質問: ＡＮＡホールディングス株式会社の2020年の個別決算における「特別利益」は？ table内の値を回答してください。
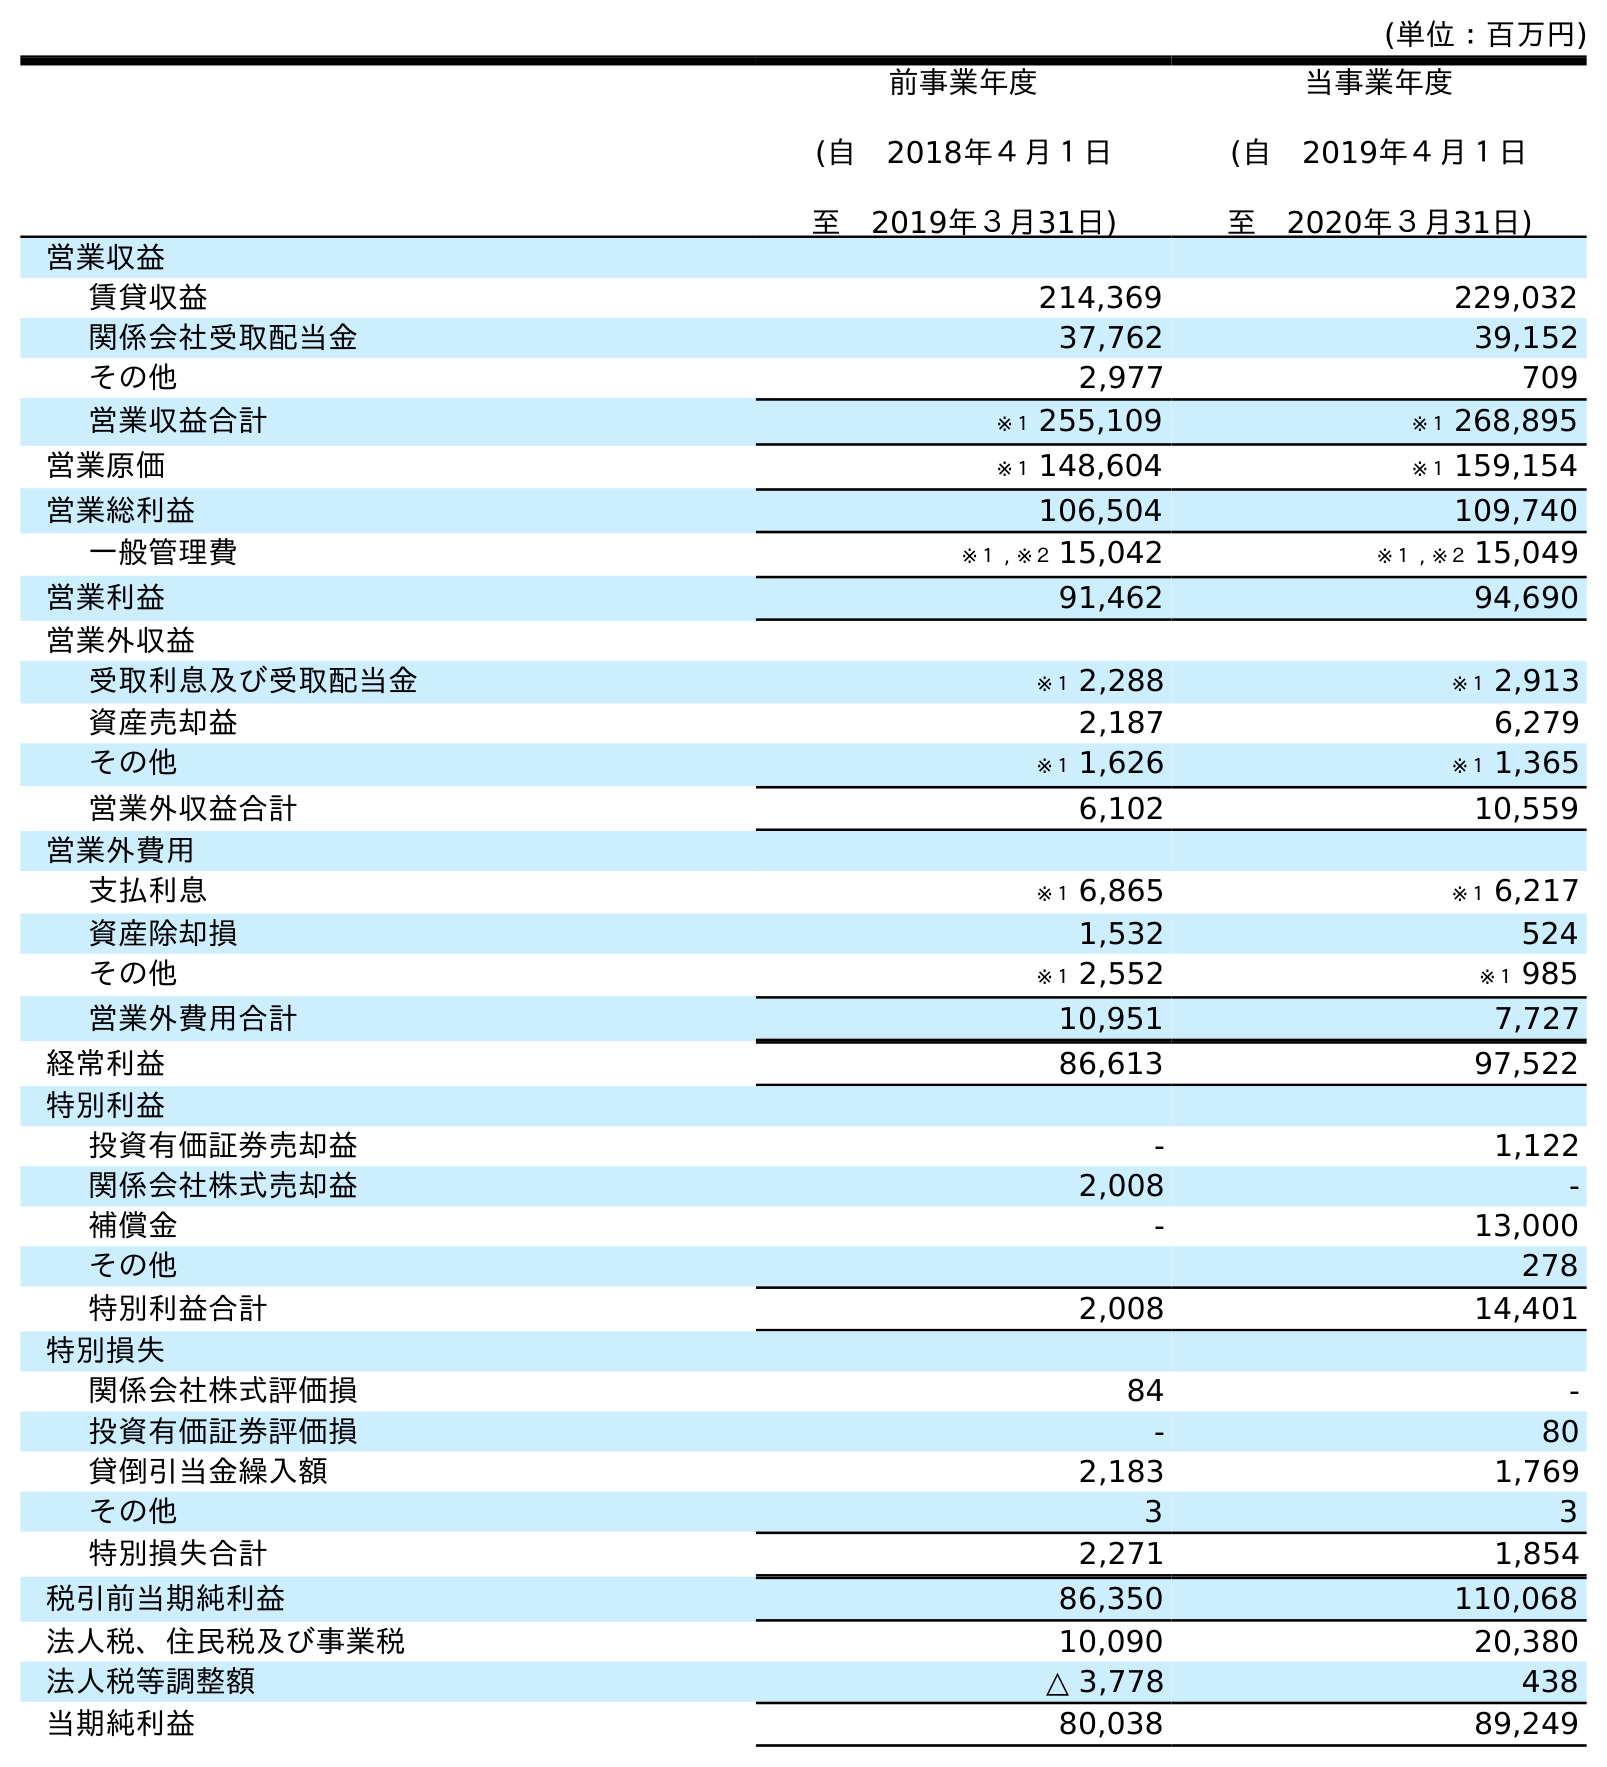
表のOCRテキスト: (単位：百万円) 前事業年度 (自 2018年４月１日 至 2019年３月31日) 当事業年度 (自 2019年４月１日 至 2020年３月31日) 営業収益 賃貸収益 214,369 229,032 関係会社受取配当金 37,762 39,152 その他 2,977 709 営業収益合計 ※１ 255,109 ※１ 268,895 営業原価 ※１ 148,604 ※１ 159,154 営業総利益 106,504 109,740 一般管理費 ※１ , ※２ 15,042 ※１ , ※２ 15,049 営業利益 91,462 94,690 営業外収益 受取利息及び受取配当金 ※１ 2,288 ※１ 2,913 資産売却益 2,187 6,279 その他 ※１ 1,626 ※１ 1,365 営業外収益合計 6,102 10,559 営業外費用 支払利息 ※１ 6,865 ※１ 6,217 資産除却損 1,532 524 その他 ※１ 2,552 ※１ 985 営業外費用合計 10,951 7,727 経常利益 86,613 97,522 特別利益 投資有価証券売却益 - 1,122 関係会社株式売却益 2,008 - 補償金 - 13,000 その他 278 特別利益合計 2,008 14,401 特別損失 関係会社株式評価損 84 - 投資有価証券評価損 - 80 貸倒引当金繰入額 2,183 1,769 その他 3 3 特別損失合計 2,271 1,854 税引前当期純利益 86,350 110,068 法人税、住民税及び事業税 10,090 20,380 法人税等調整額 △ 3,778 438 当期純利益 80,038 89,249
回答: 14,401